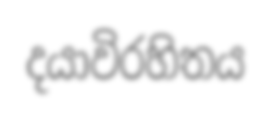
දයාවිරහිතය